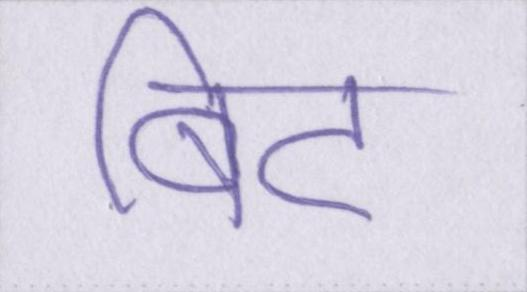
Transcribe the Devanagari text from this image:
बिट